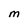
Character: M